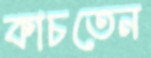
কাচতেন